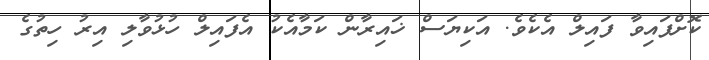
ކޮށްފައިވާ ފައިލް އެކެވެ. އަކިޔަސް ޚައިރާން ކަމާއެކު އެފައިލް ހުޅުވާލި އިރު ހިތުގެ